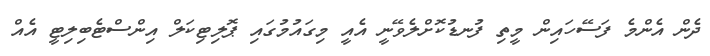
ދެން އެންމެ ފަސޭހައިން މީތި ފުނޑުކޮށްލެވޭނީ އެއީ މިގައުމުގައި ޕޮލިޓިކަލް އިންސްޓެބިލިޓީ އެއް